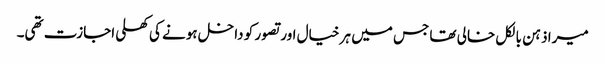
میرا ذہن بالکل خالی تھا جس میں ہر خیال اور تصور کو داخل ہونے کی کھلی اجازت تھی۔